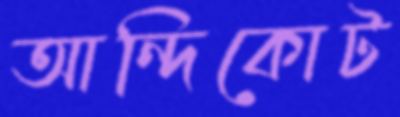
আন্দিকোট